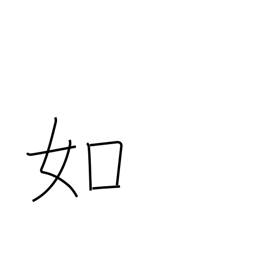
Meaning: likeness